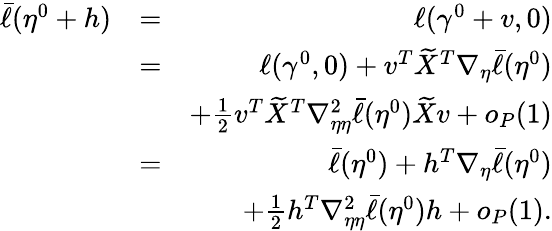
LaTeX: \begin{array}{rlr}{\bar{\ell}(\eta^{0}+h)}&{=}&{\ell(\gamma^{0}+v,0)}\\ &{=}&{\ell(\gamma^{0},0)+v^{T}\widetilde{X}^{T}\nabla_{\eta}\bar{\ell}(\eta^{0})}\\ &{}&{+\frac{1}{2}v^{T}\widetilde{X}^{T}\nabla_{\eta\eta}^{2}\bar{\ell}(\eta^{0})\widetilde{X}v+o_{P}(1)}\\ &{=}&{\bar{\ell}(\eta^{0})+h^{T}\nabla_{\eta}\bar{\ell}(\eta^{0})}\\ &{}&{+\frac{1}{2}h^{T}\nabla_{\eta\eta}^{2}\bar{\ell}(\eta^{0})h+o_{P}(1).}\end{array}